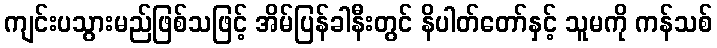
ကျင်းပသွားမည်ဖြစ်သဖြင့် အိမ်ပြန်ခါနီးတွင် နိပါတ်တော်နှင့် သူမကို ကန်သစ်